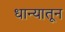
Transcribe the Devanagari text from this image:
धान्यातून